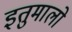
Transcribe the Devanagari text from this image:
इतुमालो